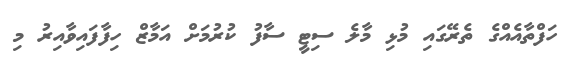
ހަފްތާއެއްގެ ތެރޭގައި މުޅި މާލެ ސިޓީ ސާފު ކުރުމަށް އަމާޒް ހިފާފައިވާއިރު މި